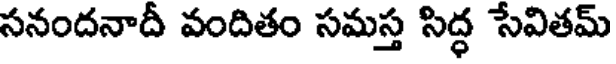
సనందనాదీ వందితం సమస్త సిద్ధ సేవితమ్